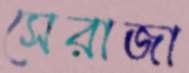
সেরাজা